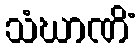
သံဃာဏိံ